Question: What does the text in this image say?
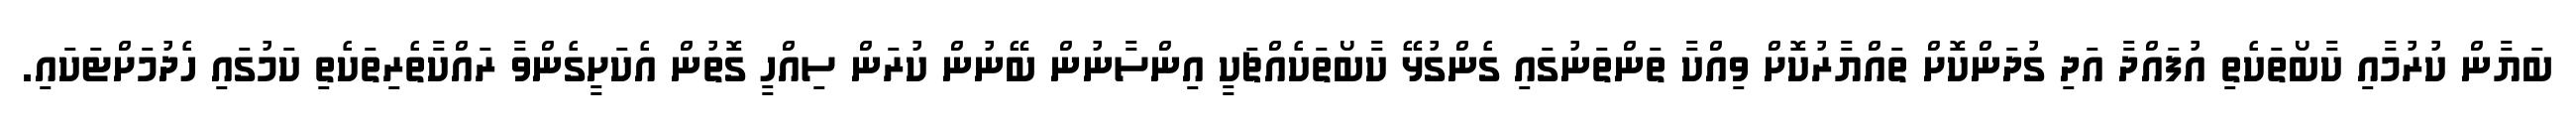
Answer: ބަޔާން ކުރުމާއި ކާބޯތަކެތި އުފައްދާ އަދި ގުދަންކޮށް ތައްޔާރުކޮށް ވިއްކާ ތަންތަނުގައި ގެންގުޅޭ ކާބޯތަކެއްޗަކީ އިންސާނުން ބޭނުން ކުރަން ސިއްހީ ގޮތުން އެކަށީގެންވާ ރައްކާތެރިތަކެތި ކަމުގައި ހެދުމަށްޓަކައި.